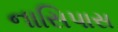
નાસિપાસ